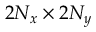
2 N _ { x } \times 2 N _ { y }